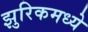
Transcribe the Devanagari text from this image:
झुरिकमध्ये